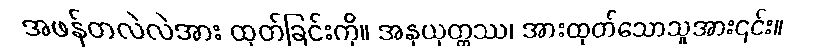
အဖန်တလဲလဲအား ထုတ်ခြင်းကို။ အနုယုတ္တဿ၊ အားထုတ်သောသူအား၎င်း။